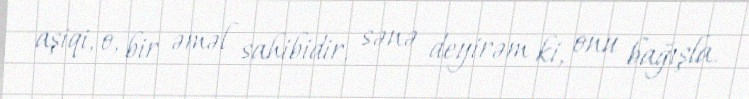
aşiqi, o, bir əməl sahibidir, sənə deyirəm ki, onu bağışla.